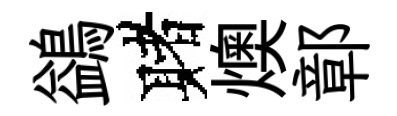
鷁赌燠鄣